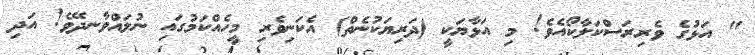
" އަޅުގެ ވެރިރަސްކަލާކޯއެވެ! މި އަޅާޔަކީ (ދަރިޔަކުނެތް) އެކަނިވެރި މީހެއްކަމުގައި ނުލައްވާނދޭވެ! އަދި